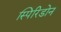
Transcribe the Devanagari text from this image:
स्पिरिडोन